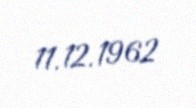
11.12.1962